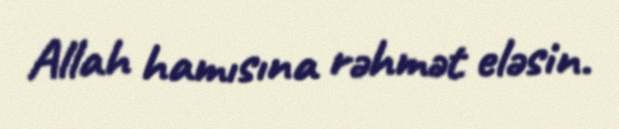
Allah hamısına rəhmət eləsin.